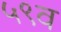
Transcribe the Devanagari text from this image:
५९व